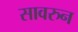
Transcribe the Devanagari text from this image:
सावरुन